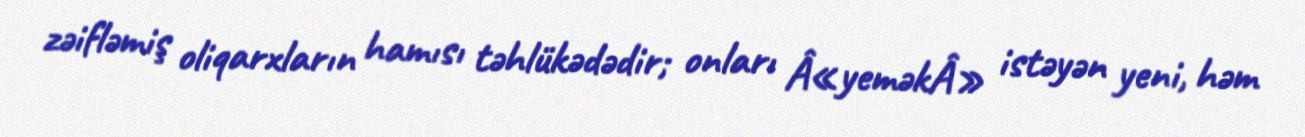
zəifləmiş oliqarxların hamısı təhlükədədir; onları Â«yeməkÂ» istəyən yeni, həm